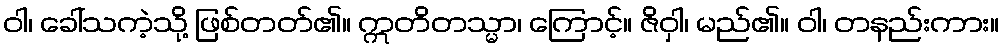
ဝါ၊ ခေါ်သကဲ့သို့ ဖြစ်တတ်၏။ ဣတိတသ္မာ၊ ကြောင့်။ ဇိဝှါ၊ မည်၏။ ဝါ၊ တနည်းကား။